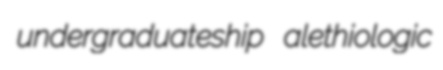
undergraduateship alethiologic